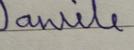
Signature authenticity: forged